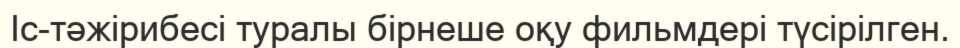
Іс-тәжірибесі туралы бірнеше оқу фильмдері түсірілген.